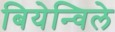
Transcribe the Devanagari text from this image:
बियेन्विले